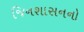
જિનશાસનનો